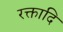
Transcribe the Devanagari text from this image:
रक्तादि